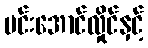
မင်းအောင်လှိုင်နှင့်